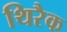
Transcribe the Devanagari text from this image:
थिरैक